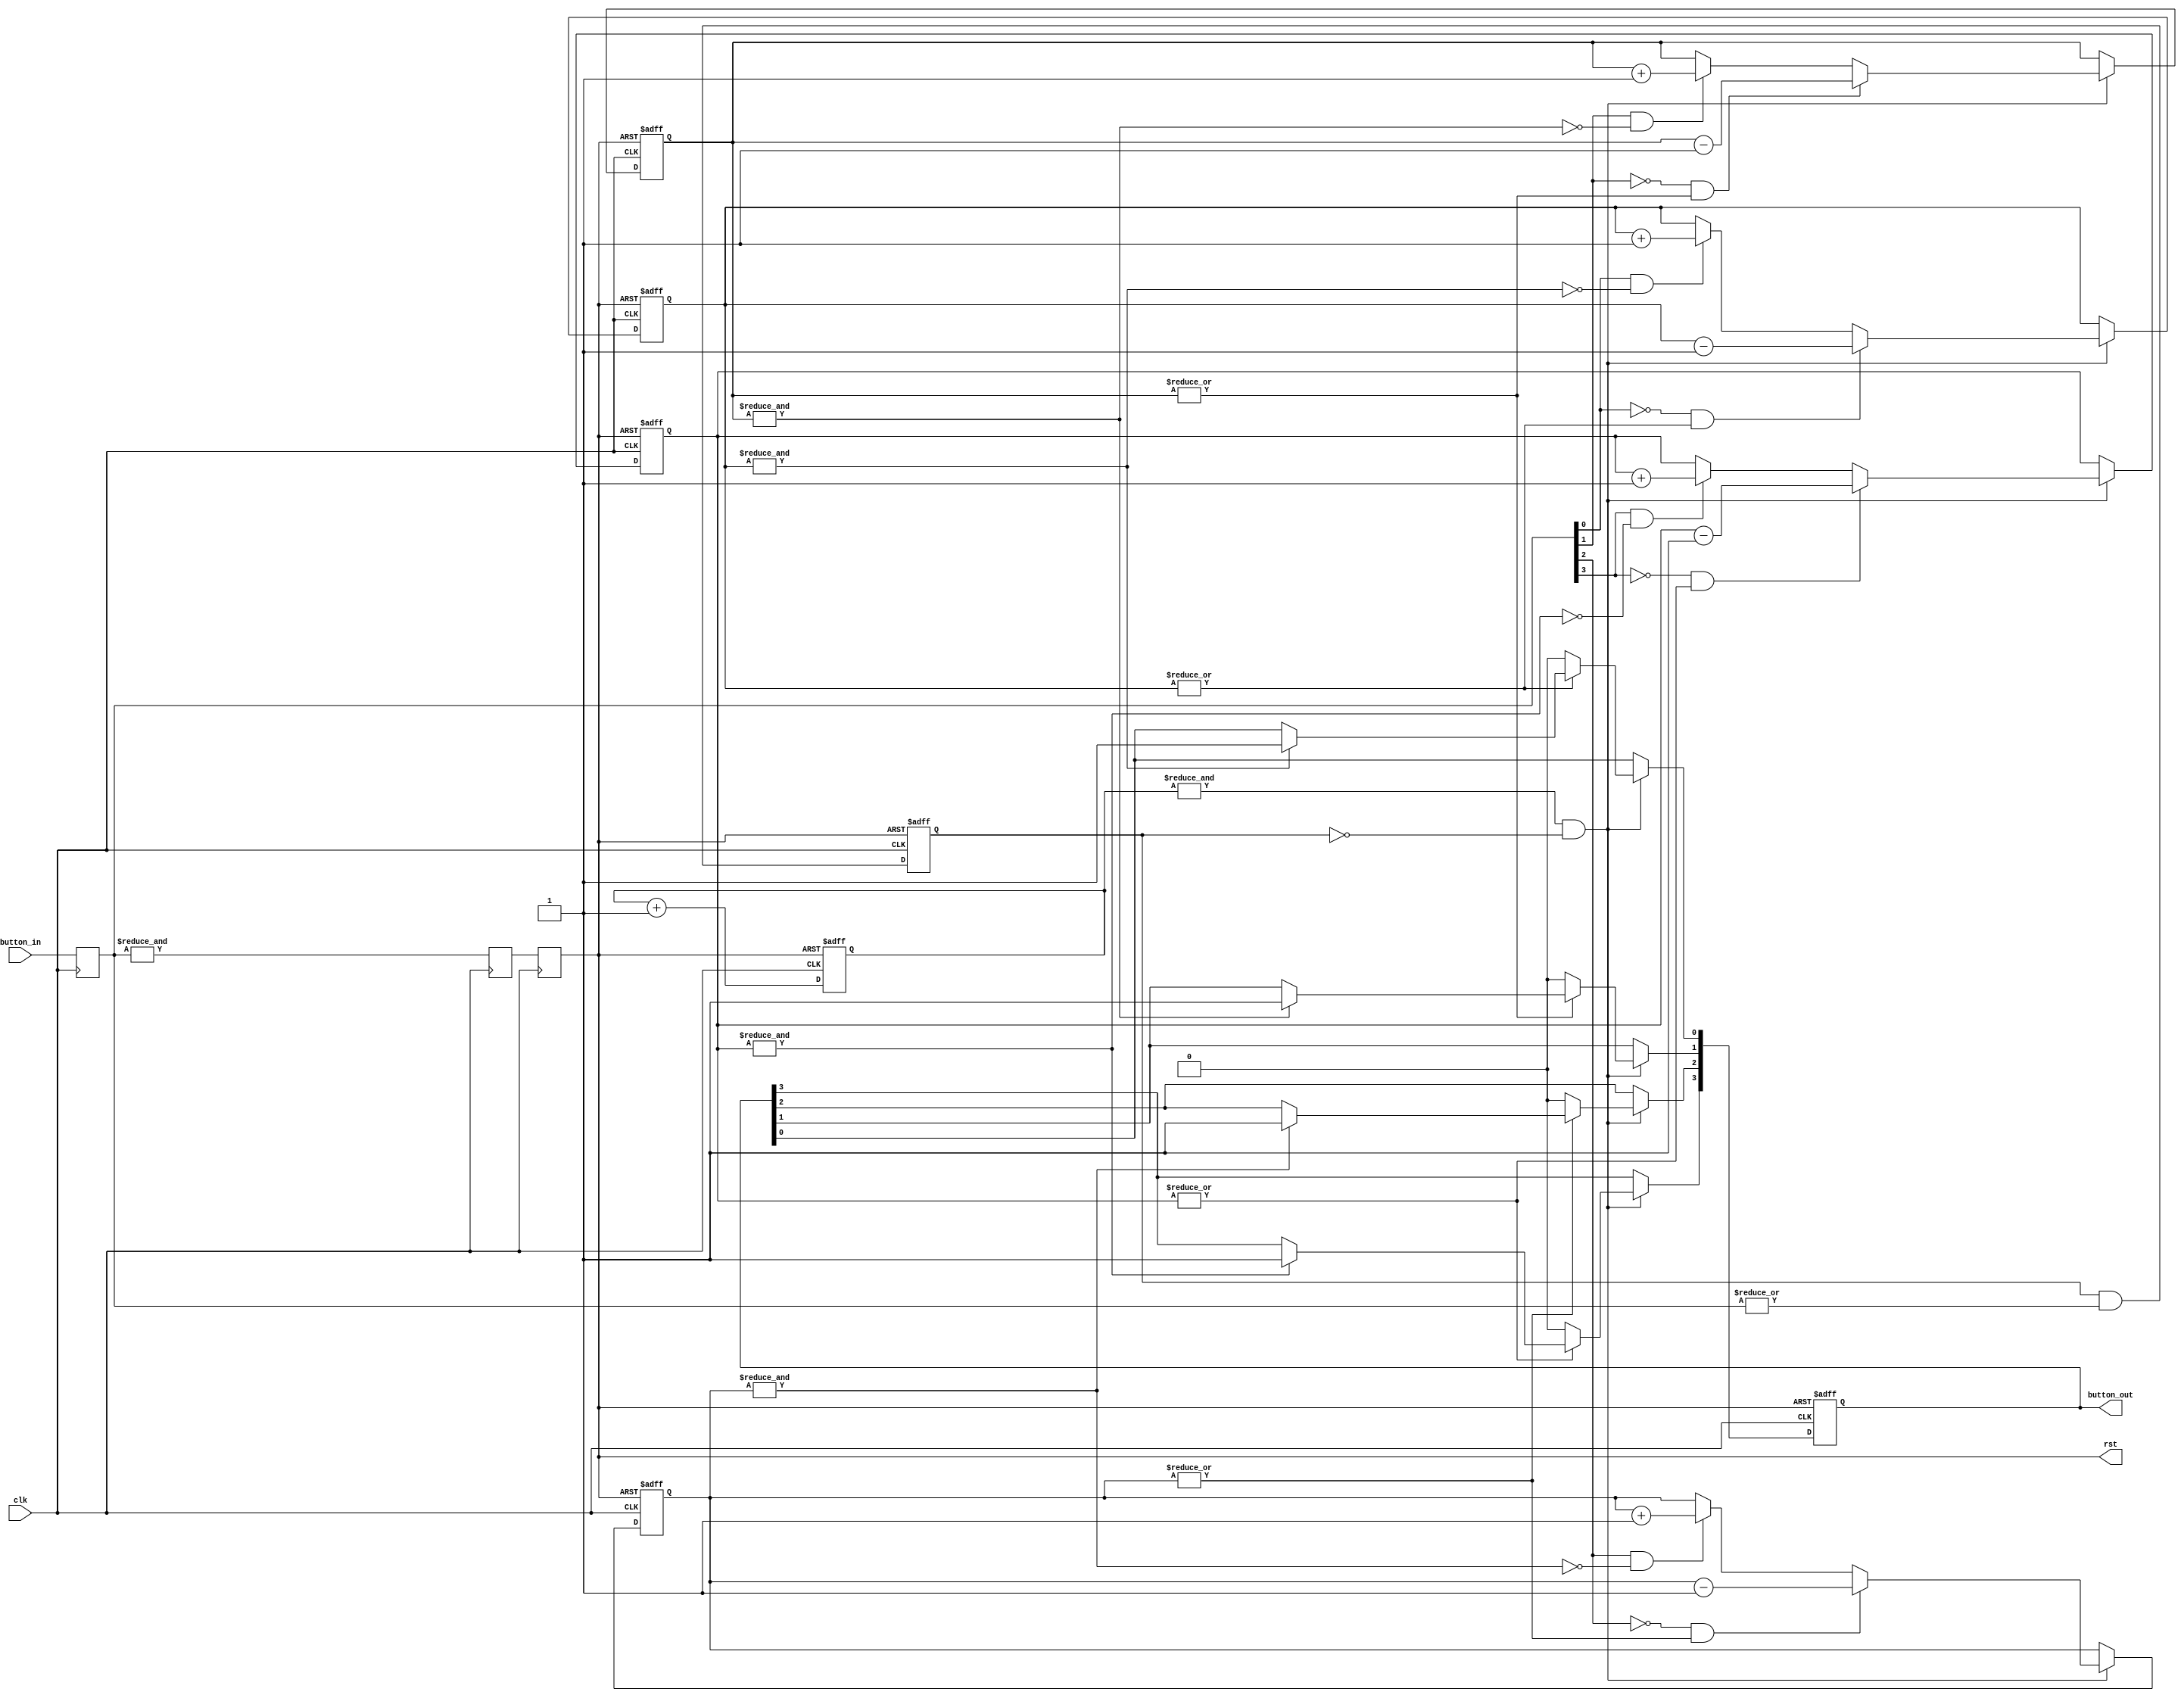
module button_debounce(
		input wire clk,
		input wire[3:0] button_in,
		output reg rst,
		output reg[3:0] button_out
	);
	
	reg[14:0] clk_div;	//25MHz
	//reg[11:0] clk_div;	//4MHz
	reg rst_s;
	reg button_disable;
	reg[3:0] button_count[3:0];
	reg[3:0] button_s;
	
	wire sample_pulse;
	wire button_max[3:0];
	wire button_min[3:0];
	
	assign sample_pulse = &clk_div;
	
	assign button_max[0] = &button_count[0];
	assign button_max[1] = &button_count[1];
	assign button_max[2] = &button_count[2];
	assign button_max[3] = &button_count[3];
	
	assign button_min[0] = ~|button_count[0];
	assign button_min[1] = ~|button_count[1];
	assign button_min[2] = ~|button_count[2];
	assign button_min[3] = ~|button_count[3];
	
	initial
	begin
		rst_s = 1'b1;
		rst = 1'b0;	//have rising edge at power on
	end
	
	always @(posedge clk)
	begin
		button_s <= button_in;
		rst_s <= &button_s;
		rst <= rst_s;
	end
	
	always @(posedge clk or posedge rst)
	begin
		if(rst)
		begin
			clk_div <= 15'h0000;
			//clk_div <= 12'h000;
			button_disable <= 1'b1;
			button_count[0] <= 4'h0;
			button_count[1] <= 4'h0;
			button_count[2] <= 4'h0;
			button_count[3] <= 4'h0;
			button_out <= 4'h0;
		end
		else
		begin
			clk_div <= clk_div + 15'h0001;
			//clk_div <= clk_div + 12'h001;
			button_disable <= button_disable & |button_s;
			
			if(sample_pulse & ~button_disable)
			begin
				if(button_s[0] & ~button_max[0])
				begin
					button_count[0] <= button_count[0] + 4'h1;
				end
				if(~button_s[0] & ~button_min[0])
				begin
					button_count[0] <= button_count[0] - 4'h1;
				end
				
				if(button_s[1] & ~button_max[1])
				begin
					button_count[1] <= button_count[1] + 4'h1;
				end
				if(~button_s[1] & ~button_min[1])
				begin
					button_count[1] <= button_count[1] - 4'h1;
				end
				
				if(button_s[2] & ~button_max[2])
				begin
					button_count[2] <= button_count[2] + 4'h1;
				end
				if(~button_s[2] & ~button_min[2])
				begin
					button_count[2] <= button_count[2] - 4'h1;
				end
				
				if(button_s[3] & ~button_max[3])
				begin
					button_count[3] <= button_count[3] + 4'h1;
				end
				if(~button_s[3] & ~button_min[3])
				begin
					button_count[3] <= button_count[3] - 4'h1;
				end
				
				if(button_max[0])
					button_out[0] <= 1'b1;
				if(button_min[0])
					button_out[0] <= 1'b0;
					
				if(button_max[1])
					button_out[1] <= 1'b1;
				if(button_min[1])
					button_out[1] <= 1'b0;
					
				if(button_max[2])
					button_out[2] <= 1'b1;
				if(button_min[2])
					button_out[2] <= 1'b0;
				
				if(button_max[3])
					button_out[3] <= 1'b1;
				if(button_min[3])
					button_out[3] <= 1'b0;
			end
		end
	end

endmodule